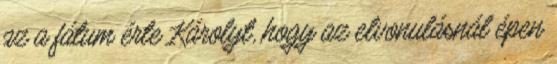
az a fátum érte Károlyt, hogy az elvonulásnál épen